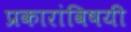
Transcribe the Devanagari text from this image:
प्रकारांविषयी